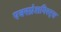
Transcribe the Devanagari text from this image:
एक्स्प्रेशनिस्ट्स